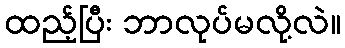
ထည့်ပြီး ဘာလုပ်မလို့လဲ။